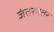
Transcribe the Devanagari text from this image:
जंतरमंतर